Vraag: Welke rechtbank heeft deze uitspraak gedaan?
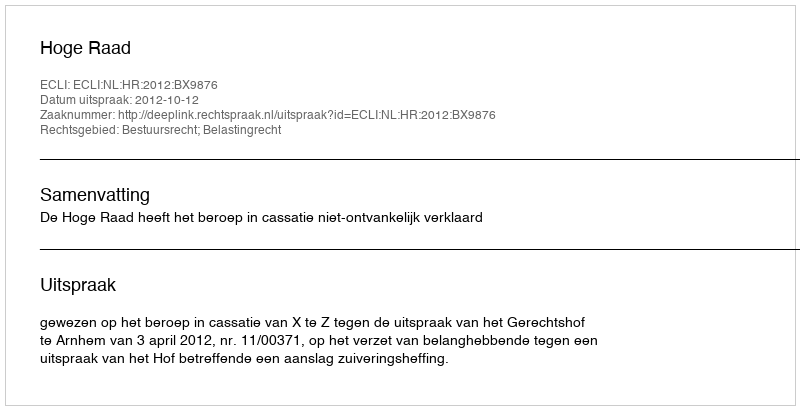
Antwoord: Hoge Raad